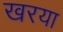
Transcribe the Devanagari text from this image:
खरया